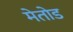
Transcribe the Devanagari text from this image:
मेतोड